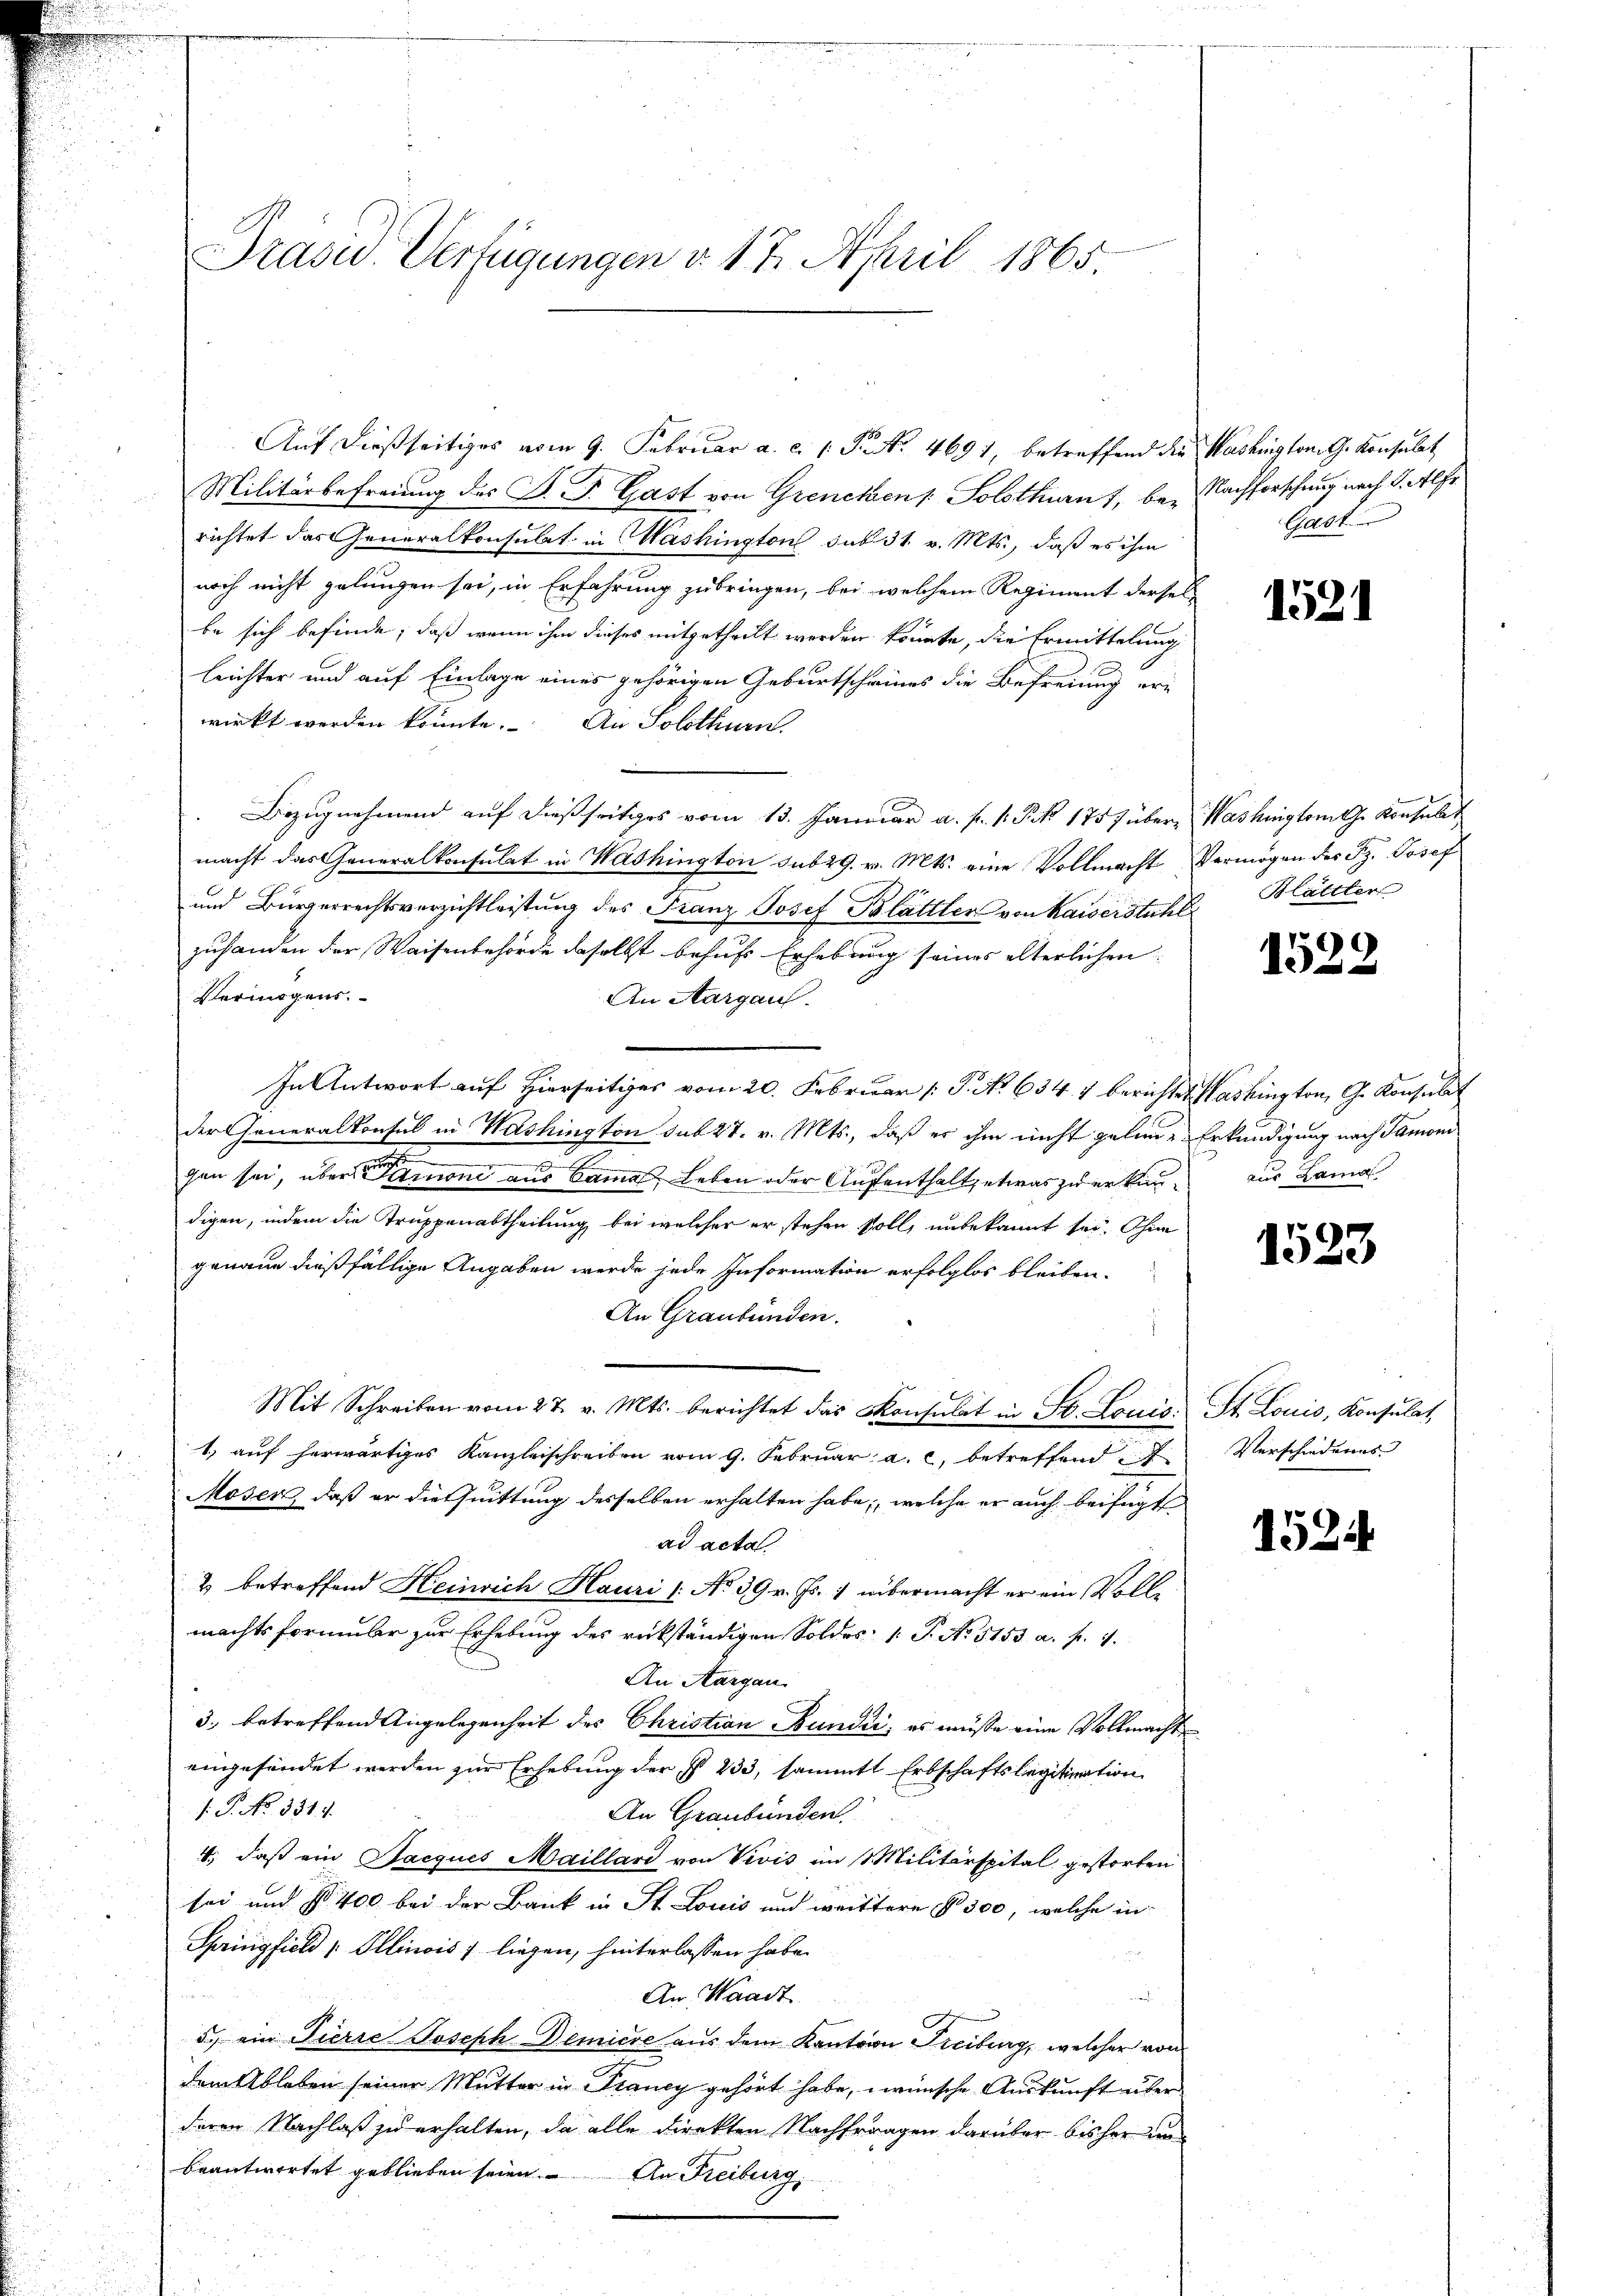
Auf dießseitiges vom 9. Februar a. c. 1 P. Nr. 4691, betreffend die Washington G. Konsulat
Militärbefreung des F. J. Gast von Grencken /: Solothurn 1, bei Nachforschung nach I. Alfr
richtet das Generalkonsulat in Mashington sub 31. v. Mts., daß es ihm
noch nicht gelungen sei, in Erfahrung zubringen, bei welchem Regiment dersel-
be sich befinde; daß wenn ihm dieses mitgetheilt werden könnte, die Ermittelung
lrichter und auf Einlage eines gehörigen Geburtscheines die Befreiung erwirkt werden könnte. An Solothurn.
Bezugnahmend auf dießseitiges vom 13. Januar a. f. 1 Pkt. 1757 über- Washington G. Konsult
macht das Generalkonsulat in Washington sub 29. v. Mts. eine Vollmacht Vermögen des Sz. Josef
und Bürgerrechtsverzichtleistung des Franz Josef Blättler von Kaiserstuhl. Blättler
zuhanden der Waisenbehörde daselbst behufs Erhebung seines elterlichen
Vermögens.
An Aargau.
In Antwort auf Hierseitiges vom 20. Februar [ P. No 634. 4 berichtet Washington, G. Konsulat
der Generalkonsul in Washington sub 27. v. Mts., daß er ihm nicht gelen-Erkundigung nach Samoni
gen sei, über non aus Sammes Leben oder Aufenthalt, etwas zu erkandigen, indem die Truppenabtheilung bei welcher er stehen soll, unbekannt sei. Ohne
genaue dießfällige Angaben werde jede Information erfolglos bleiben.
An Graubünden.
Mit Schreiben vom 27. v. Mts. berichtet das Konsulat in St. Louis. St. Louis, Konsulat,
1. auf herwärtiges Kanzleischreiben vom 9. Februar a. c. betreffend Verschiedenes
Moser, daß er die Quittung desselben erhalten habe, welche er auch beifügt
ad acta
2 betreffend Heinrich Hauri /: No 39. v. Js. 1 übermacht er ein Voll-
machtsformuler zur Erhebung des rückständigen Soldes 1. P. No. 5153. a. p. 1.
An Aargau.
3., betreffend Angelegenheit des Christian Bundii, es müsse eine Vollmacht
eingefindet werden zur Erhebung der § 233, sammte Erbschaftslegitimation
1.P. No. 331.
An Graubünden.
4., daß ein Jacques Maillard von Vivis im Militärspital gestorfen
sei und No. 400 bei der Bank in St. Louis und weittere § 300, welche in
Springfield Illinois liegen, hinterlassen habe.
.
An. Waadt
d. ein Pierre Joseph Demiere aus dem Kanton Freiburg, welcher von
dem Ableben seiner Mutter in Planey gehört habe, wünsche Auskunft über
deren Nachlaß zu erhalten, da alle direkten Nachfragen darüber bisher un
beantwortet geblieben seien. An Freiburg,

Präsid.. Verfügungen v. 17. April 1865.

Gast

1521

1529

aus Zama

1523

1524